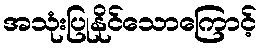
အသုံးပြုနိုင်သောကြောင့်